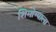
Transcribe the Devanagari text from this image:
शिमोग्याला